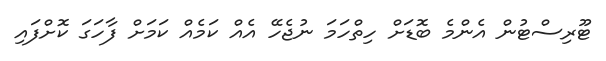
ޓޫރިސްޓުން އެންމެ ބޮޑަށް ހިތްހަމަ ނުޖެހޭ އެއް ކަމެއް ކަމަށް ފާހަގަ ކޮށްފައި